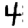
Digit: 4